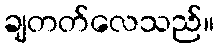
ချတတ်လေသည်။